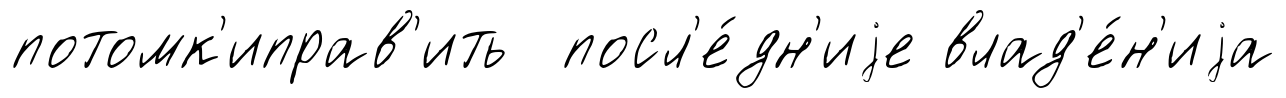
потомк'иправ'ить посл'е́дн'иjе влад'е́н'иjа